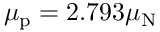
\mu _ { \mathrm { p } } = 2 { . } 7 9 3 \mu _ { \mathrm { N } }